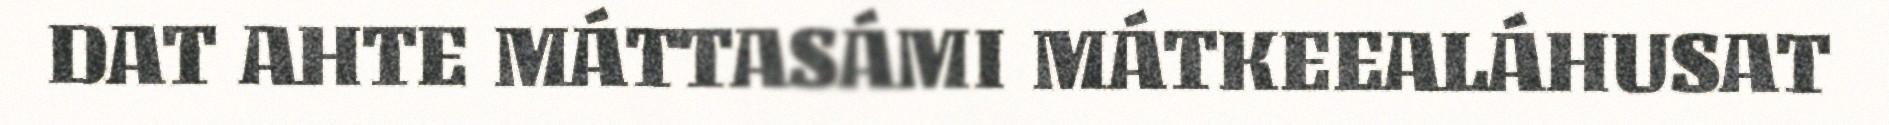
DAT AHTE MÁTTASÁMI MÁTKEEALÁHUSAT